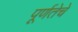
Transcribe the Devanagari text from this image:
पूर्णतेचे